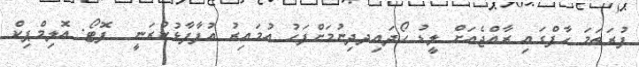
ފުރަތަމަ ހާފްގައި ރާއްޖެއަށް ލީޑު ހޯދައިދދިނުމަށްފަހު އުމައިރު އުފާފާޅުކުރަނީ  ފޮޓޯ: އޮލިމްޕިކް